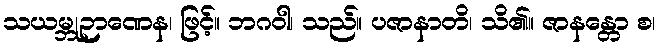
သယမ္ဘုဉာဏေန၊ ဖြင့်။ ဘဂဝါ၊ သည်။ ပဇာနာတိ၊ သိ၏။ ဇာနန္တော စ၊